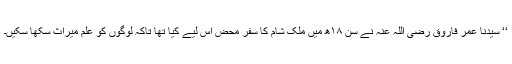
‘‘ سیدنا عمر فاروق رضی اللہ عنہ نے سن ۱۸ھ میں ملک شام کا سفر محض اس لیے کیا تھا تاکہ لوگوں کو علم میراث سکھا سکیں۔